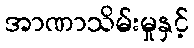
အာဏာသိမ်းမှုနှင့်